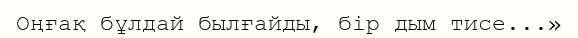
Оңғақ бұлдай былғайды, бір дым тисе...»